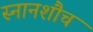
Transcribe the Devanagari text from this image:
स्नानशौच